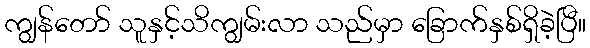
ကျွန်တော် သူနှင့်သိကျွမ်းလာ သည်မှာ ခြောက်နှစ်ရှိခဲ့ပြီ။